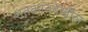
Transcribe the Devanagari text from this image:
शतकातदेखील